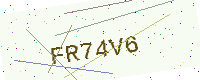
Text: FR74V6